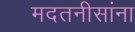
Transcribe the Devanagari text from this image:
मदतनीसांना